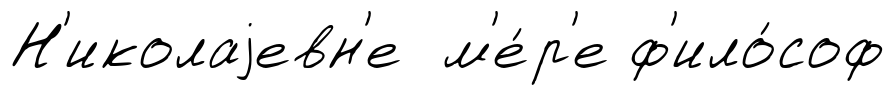
Н'иколаjевн'е м'е́р'е ф'ило́соф